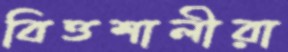
বিত্তশালীরা